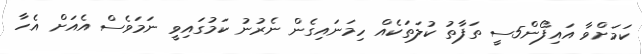
ކަމަށްވާ އައިފޯން5ސީ ތަފާތު ކުލަތަކެއް ހިމަނައިގެން ނެރުނު ކަމުގައިވީ ނަމަވެސް އެއަށް އެހާ